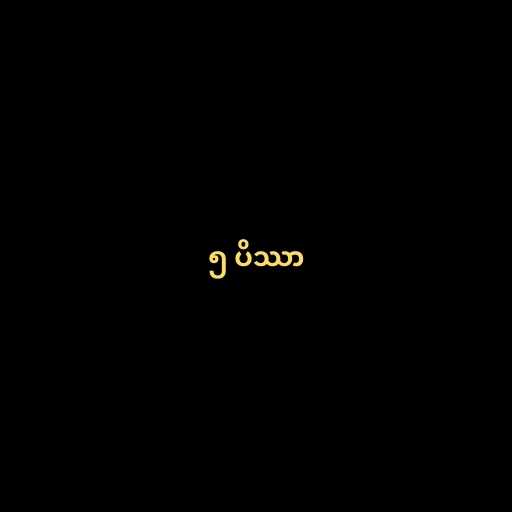
၅ ပိဿာ